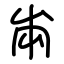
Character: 㡀